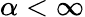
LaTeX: \alpha<\infty